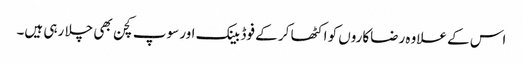
اس کے علاوہ رضاکاروں کو اکٹھا کر کے فوڈ بینک اور سوپ کچن بھی چلا رہی ہیں۔